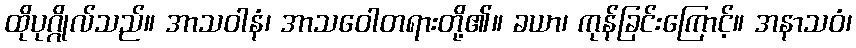
ထိုပုဂ္ဂိုလ်သည်။ အာသဝါနံ၊ အာသဝေါတရားတို့၏။ ခယာ၊ ကုန်ခြင်းကြောင့်။ အနာသဝံ၊